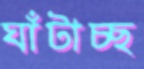
ঘাঁটাচ্ছ